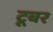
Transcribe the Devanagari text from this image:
टूबर